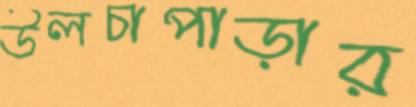
উলচাপাড়ার